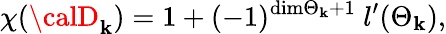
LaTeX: \chi({\calD}_{\mathbf{k}})=1+(-1)^{\mathrm{{dim}}{{\Theta}_{\mathbf{k}}}+1}\ l^{\prime}({{\Theta}_{\mathbf{k}}}),